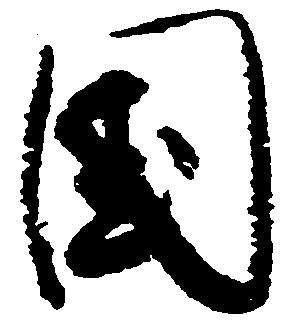
国